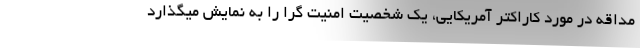
مداقه در مورد کاراکتر آمریکایی، یک شخصیت امنیت گرا را به نمایش میگذارد